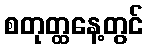
စတုတ္ထနေ့တွင်